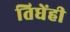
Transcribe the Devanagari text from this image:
तिघेंही